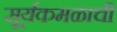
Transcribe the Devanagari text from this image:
सूर्यकमळाची